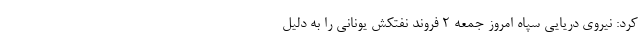
کرد: نیروی دریایی سپاه امروز جمعه ۲ فروند نفتکش یونانی را به دلیل